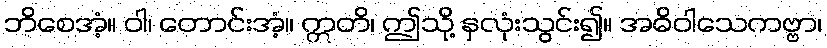
ဘိစေအံ့။ ဝါ၊ တောင်းအံ့။ ဣတိ၊ ဤသို့ နှလုံးသွင်း၍။ အဓိဝါသေကဗ္ဗာ၊